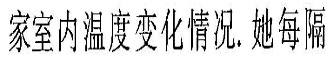
家室内温度变化情况。她每隔